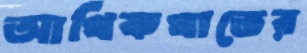
আর্থিকখাতের